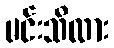
မင်းသိလား